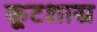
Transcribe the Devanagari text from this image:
कूटशास्र